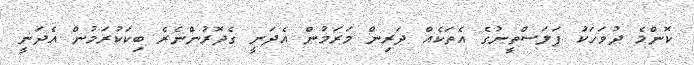
ކޮންމެ ދުވަހަކަު ފަލަސްތީނުގެ އެތަކެއް ދަރިން މަރަމުން އެދަނީ ގެދޮރުންނެރެ ބިކަކުރަމުން އެދަނީ